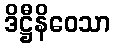
ဒိဋ္ဌီနိဝေသာ